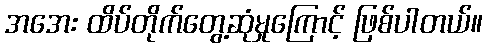
အအေး ထိပ်တိုက်တွေ့ဆုံမှုကြောင့် ဖြစ်ပါတယ်။